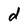
Character: d